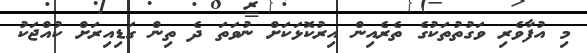
މި އުފާވެރި ވަގުތުތަކުގެ ތެރެއިން އިރުކޮޅަކަށް ނުވަތަ ދެ ތިން ގަޑިއިރަށް ކުއްޖަކު